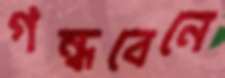
গন্ধবেনে